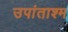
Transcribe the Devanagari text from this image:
उपांताश्म